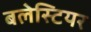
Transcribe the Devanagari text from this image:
बलेस्टियर